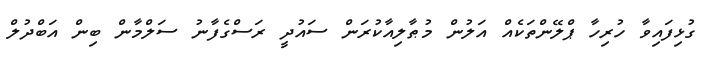
ގުޅިފައިވާ ހުރިހާ ޕްލޭންތަކެއް އަލުން މުޠާލިއާކުރަން ސައުދީ ރަސްގެފާނު ސަލްމާން ބިން އަބްދުލް